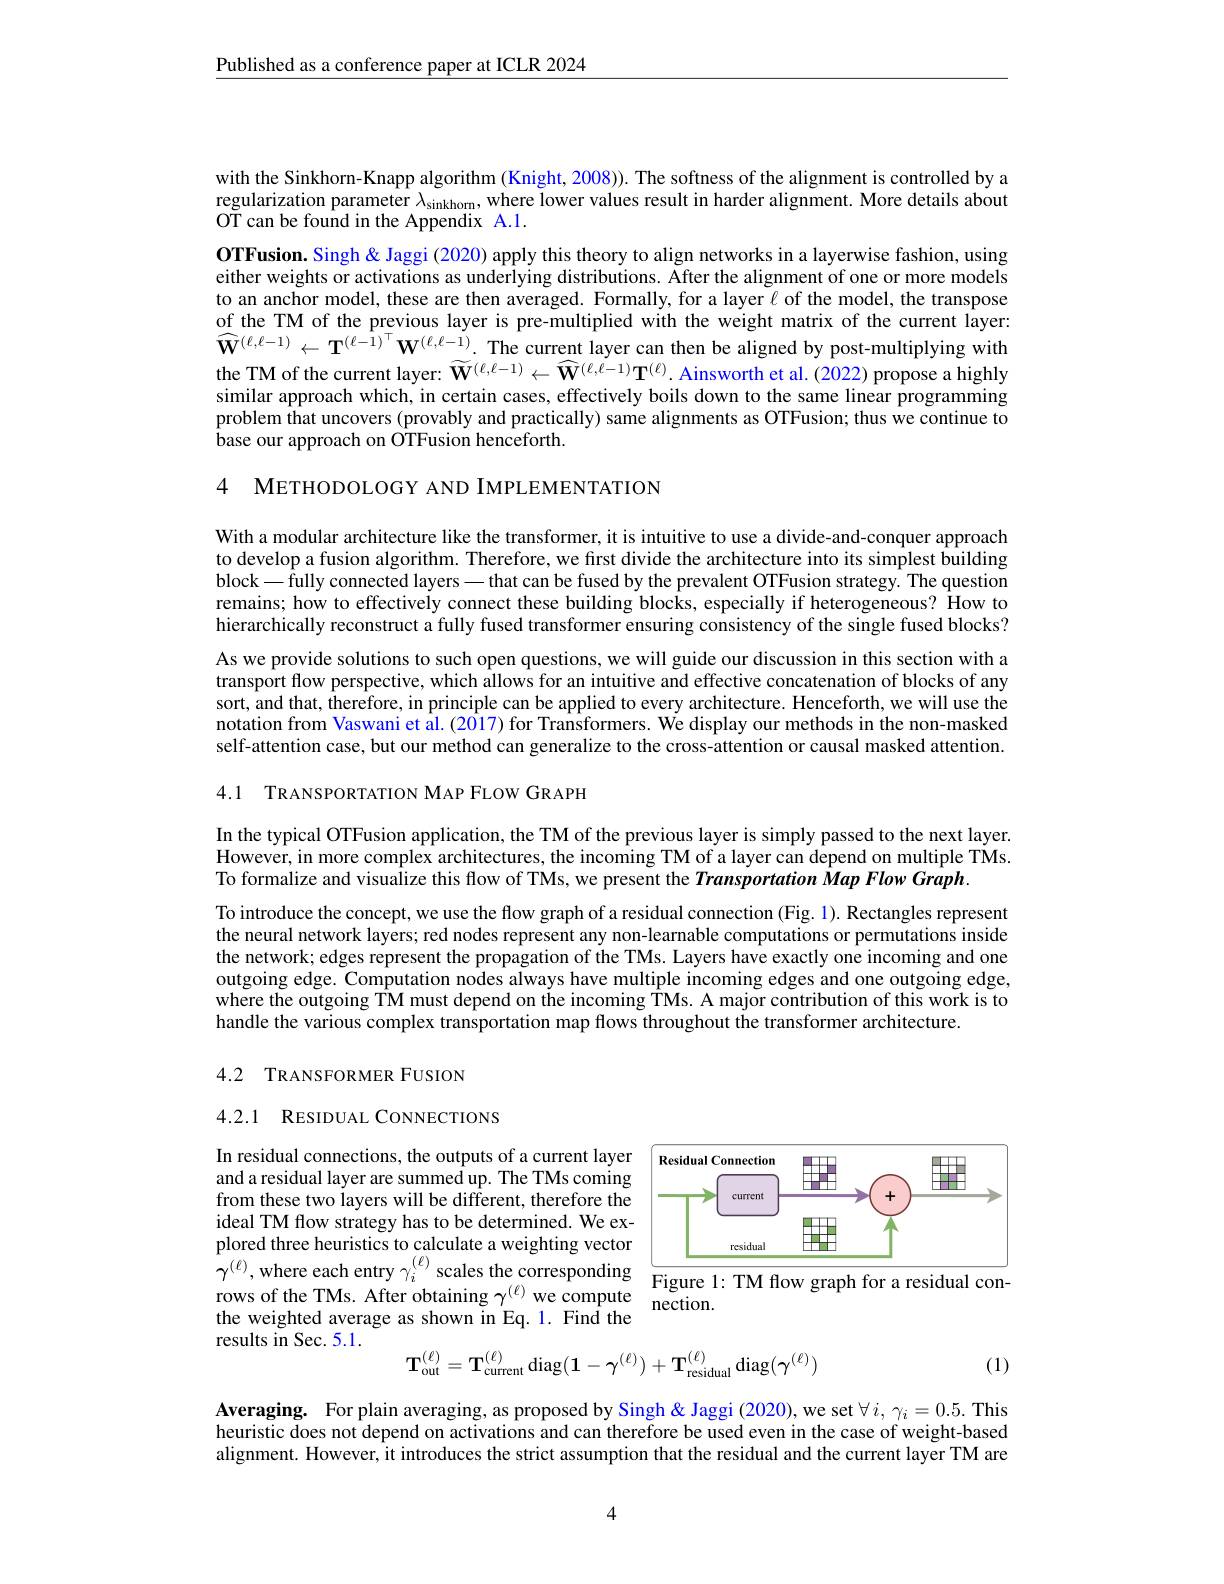
$\underline{\text{Published as a conference paper at ICLR 2024}}$

with the Sinkhorn-Knapp algorithm (Knight, 2008)). The softness of the alignment is controlled by a regularization parameter $\lambda_\mathrm{sinkhorn}$, where lower values result in harder alignment. More details about $\tilde{\mathrm{OT~can~be~found~in~the~Appendix~A.1.}}$
OTFusion. Singh & Jaggi (2020) apply this theory to align networks in a layerwise fashion, using either weights or activations as underlying distributions. After the alignment of one or more models to an anchor model, these are then averaged. Formally, for a layer $\ell$ of the model, the transpose of the TM of the previous layer is pre-multiplied with the weight matrix of the current layer: $\widehat{\mathbf{W}}^{(\ell,\ell-1)}\leftarrow\mathbf{T}^{(\ell-1)^\top}\mathbf{W}^{(\ell,\ell-1)}.$ The current layer can then be aligned by post-multiplying with the TM of the current layer: $\widetilde{\mathbf{W}}^{(\ell,\ell-1)}\leftarrow\widehat{\mathbf{W}}^{(\ell,\ell-1)}\mathbf{T}^{(\ell)}.$ Ainsworth et al. (2022) propose a highly similar approach which, in certain cases, effectively boils down to the same linear programming problem that uncovers (provably and practically) same alignments as OTFusion; thus we continue to $\hat{\text{base our approach on OTFusion henceforth.}}$

4 METHODOLOGY AND IMPLEMENTATION

With a modular architecture like the transformer, it is intuitive to use a divide-and-conquer approach to develop a fusion algorithm. Therefore, we first divide the architecture into its simplest building block\_ fully connected layers\_ that can be fused by the prevalent OTFusion strategy. The question remains; how to effectively connect these building blocks, especially if heterogeneous? How to hierarchically reconstruct a fully fused transformer ensuring consistency of the single fused blocks? As we provide solutions to such open questions, we will guide our discussion in this section with a transport flow perspective, which allows for an intuitive and effective concatenation of blocks of any sort, and that, therefore, in principle can be applied to every architecture. Henceforth, we will use the notation from Vaswani et al. (2017) for Transformers. We display our methods in the non-masked self-attention case, but our method can generalize to the cross-attention or causal masked attention. 4.1 TRANSPORTATION MAP FLOW GRAPH

In the typical OTFusion application, the TM of the previous layer is simply passed to the next layer. However, in more complex architectures, the incoming TM of a layer can depend on multiple TMs. To formalize and visualize this flow of TMs, we present the Transportation Map Flow Graph.

To introduce the concept, we use the flow graph of a residual connection (Fig. 1). Rectangles represent the neural network layers; red nodes represent any non-learnable computations or permutations inside the network; edges represent the propagation of the TMs. Layers have exactly one incoming and one outgoing edge. Computation nodes always have multiple incoming edges and one outgoing edge, where the outgoing TM must depend on the incoming TMs. A major contribution of this work is to handle the various complex transportation map flows throughout the transformer architecture.

## 4.2 TRANSFORMER FUSION

4.2.1 RESIDUAL CONNECTIONS

<FigureHere>
$\gamma ^{( \ell ) }$, where each entry $\gamma _{i}^{( \ell ) }$ scales the corresponding$\boxed{\text{rigure 1: TM flow graph for a residual con- }}$ rows of the TMs. After obtaining $\gamma ^{( \ell ) }$ we computenection.

In residual connections, the outputs of a current layer and a residual layer are summed up. The TMs coming from these two layers will be different, therefore the ideal TM flow strategy has to be determined. We explored three heuristics to calculate a weighting vector the weighted average as shown in Eq.1. Find the results in Sec. 5.1.
$$\mathbf{T}_{\mathrm{out}}^{(\ell)}=\mathbf{T}_{\mathrm{current}}^{(\ell)}\operatorname{diag}(\mathbf{1}-\gamma^{(\ell)})+\mathbf{T}_{\mathrm{residual}}^{(\ell)}\operatorname{diag}(\gamma^{(\ell)})$$
(1)

Averaging. For plain averaging, as proposed by Singh& Jaggi (2020),we set $\forall i,\gamma_i=0.5.$ This heuristic does not depend on activations and can therefore be used even in the case of weight-based alignment. However, it introduces the strict assumption that the residual and the current layer TM are

4